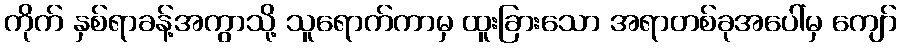
ကိုက် နှစ်ရာခန့်အကွာသို့ သူရောက်ကာမှ ထူးခြားသော အရာတစ်ခုအပေါ်မှ ကျော်